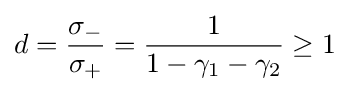
d={\frac {\sigma _{-}}{\sigma _{+}}}={\frac {1}{1-\gamma _{1}-\gamma _{2}}}\geq 1